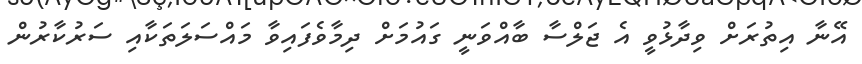
އޭނާ އިތުރަށް ވިދާޅުވީ އެ ޖަލްސާ ބާއްވަނީ ގައުމަށް ދިމާވެފައިވާ މައްސަލަތަކާއި ސަރުކާރުން